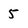
Character: 5